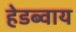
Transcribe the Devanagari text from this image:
हेडब्वाय